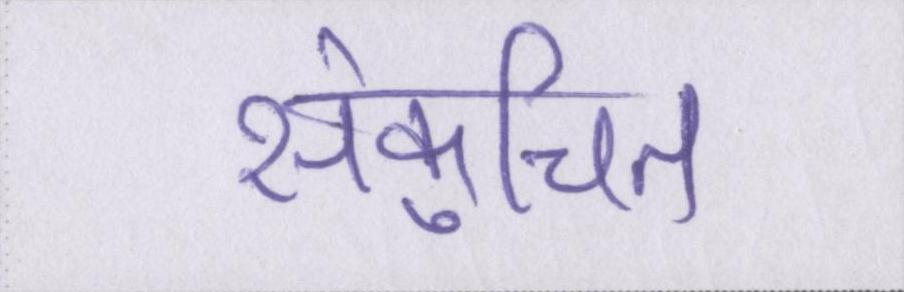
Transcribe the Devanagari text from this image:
संकुचित